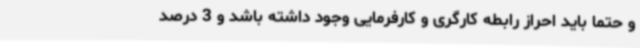
و حتما باید احراز رابطه کارگری و ‌کارفرمایی وجود داشته باشد و 3 درصد